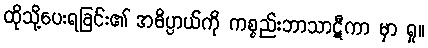
ထိုသို့ပေးရခြင်း၏ အဓိပ္ပာယ်ကို ကစ္စည်းဘာသာဋီကာ မှာ ရှု။